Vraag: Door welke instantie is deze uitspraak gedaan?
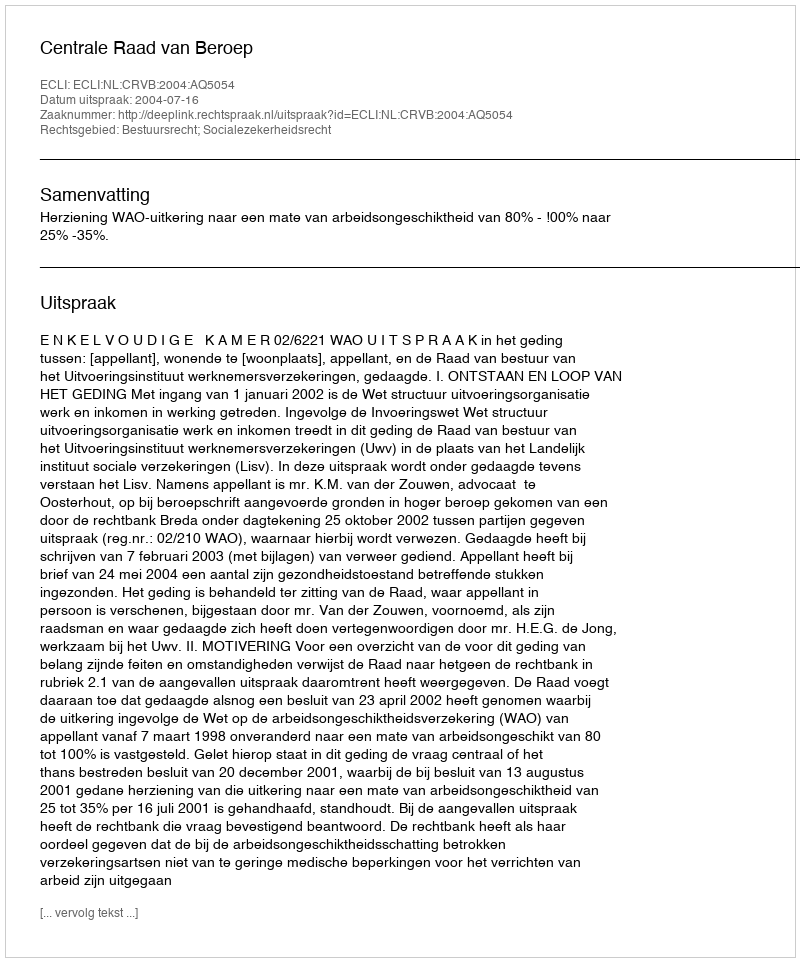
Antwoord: Centrale Raad van Beroep